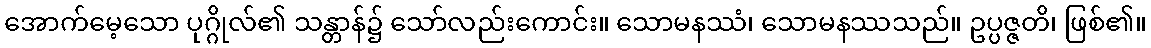
အောက်မေ့သော ပုဂ္ဂိုလ်၏ သန္တာန်၌ သော်လည်းကောင်း။ သောမနဿံ၊ သောမနဿသည်။ ဥပ္ပဇ္ဇတိ၊ ဖြစ်၏။